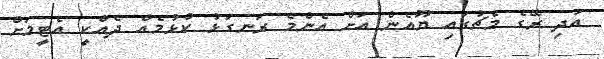
އަދި ރޭގެ މެޗުގައި ޔޫއެން އަށް އެންމެ ރަނގަޅު ކުޅުމެއް ދެއްކީ އެޓީމަށް